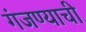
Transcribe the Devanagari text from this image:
गंजण्याची